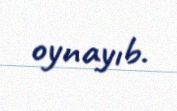
oynayıb.